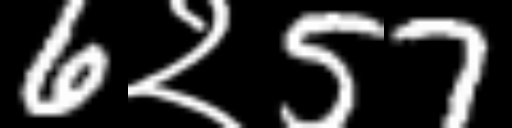
Text: 6२57